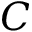
C